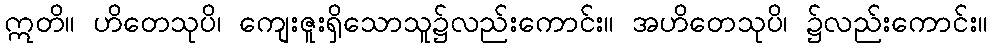
ဣတိ။ ဟိတေသုပိ၊ ကျေးဇူးရှိသောသူ၌လည်းကောင်း။ အဟိတေသုပိ၊ ၌လည်းကောင်း။